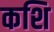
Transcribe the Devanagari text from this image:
कशि